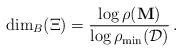
LaTeX: \begin{align*} \dim_B(\Xi)=\frac{\log \rho(\mathbf{M})}{\log\rho_{\min}(\mathcal{D})}\,.\end{align*}